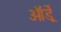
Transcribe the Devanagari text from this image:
ऑर्ड्रे